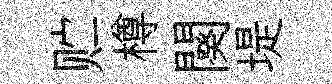
贮樽闋堤